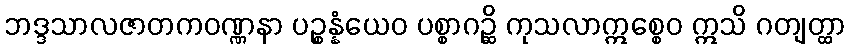
ဘဒ္ဒသာလဇာတကဝဏ္ဏနာ ပဉ္စန္နံယေဝ ပစ္စာဂဉ္ဆိ ကုသလာဣစ္စေဝ ဣသိ ဂတျတ္ထာ